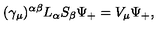
( \gamma _ { \mu } ) ^ { \alpha \beta } L _ { \alpha } S _ { \beta } \Psi _ { + } = V _ { \mu } \Psi _ { + } ,